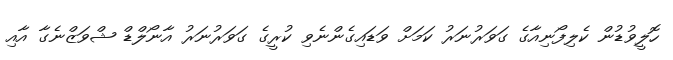
ހޮލީވުޑުން ކެލިފޯނިއާގެ ގަވަރުނަރު ކަމަށް ވަޑައިގެންނެވި ކުރީގެ ގަވަރުނަރު އާނޯލްޑް ޝްވަޒްނެގާ އާއި